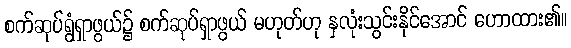
စက်ဆုပ်ရွံရှာဖွယ်၌ စက်ဆုပ်ရှာဖွယ် မဟုတ်ဟု နှလုံးသွင်းနိုင်အောင် ဟောထား၏။